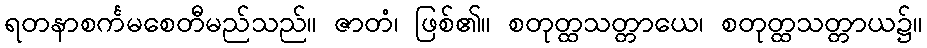
ရတနာစင်္ကမစေတီမည်သည်။ ဇာတံ၊ ဖြစ်၏။ စတုတ္ထသတ္တာယေ၊ စတုတ္ထသတ္တာယ၌။